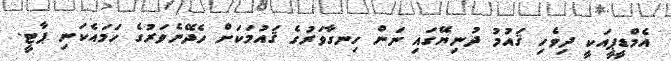
އެމްޑީޕީއަކީ ދިވެހި ޤައުމު ދުނިޔޭގައި ނަން ހިނގާވަރުގެ ޤައުމަކަށް ހެދޭނެވަރުގެ ހަމައެކަނި ޕާޓީ.